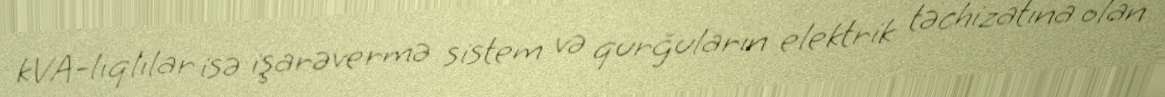
kVA-lıqlılar isə işarəvermə sistem və qurğuların elektrik təchizatına olan